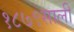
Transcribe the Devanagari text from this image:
१८७९साली